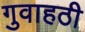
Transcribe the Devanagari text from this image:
गुवाहठी